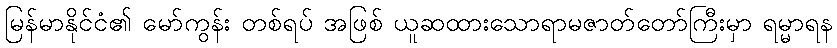
မြန်မာနိုင်ငံ၏ မော်ကွန်း တစ်ရပ် အဖြစ် ယူဆထားသောရာမဇာတ်တော်ကြီးမှာ ရမ္မာရန